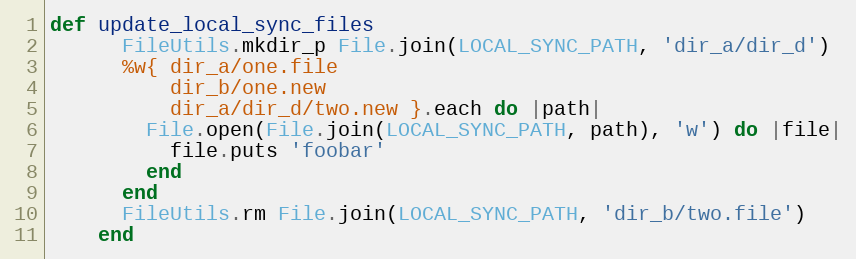
Language: Ruby
def update_local_sync_files
      FileUtils.mkdir_p File.join(LOCAL_SYNC_PATH, 'dir_a/dir_d')
      %w{ dir_a/one.file
          dir_b/one.new
          dir_a/dir_d/two.new }.each do |path|
        File.open(File.join(LOCAL_SYNC_PATH, path), 'w') do |file|
          file.puts 'foobar'
        end
      end
      FileUtils.rm File.join(LOCAL_SYNC_PATH, 'dir_b/two.file')
    end